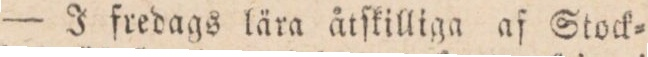
J fredags lära åtſkilliga af Stock=